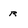
Character: r